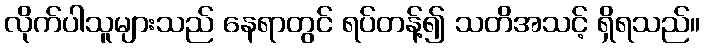
လိုက်ပါသူများသည် နေရာတွင် ရပ်တန့်၍ သတိအသင့် ရှိရသည်။